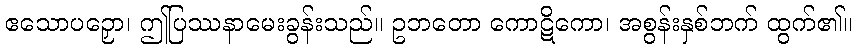
ဧသောပဉှော၊ ဤပြဿနာမေးခွန်းသည်။ ဥဘတော ကောဋိကော၊ အစွန်းနှစ်ဘက် ထွက်၏။